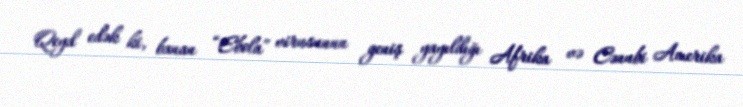
Qeyd edək ki, banan “Ebola” virusunun geniş yayıldığı Afrika və Cənubi Amerika